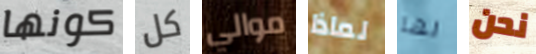
كونها كل موالي لماذا لها نحن